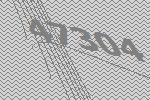
47304